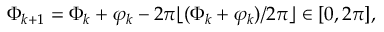
\Phi _ { k + 1 } = \Phi _ { k } + \varphi _ { k } - 2 \pi \lfloor ( \Phi _ { k } + \varphi _ { k } ) / 2 \pi \rfloor \in [ 0 , 2 \pi ] ,